Annual report on the Civil Veterinary Department, Burma (including the Insein Veterinary School) - 1932-1941
Year: 1932
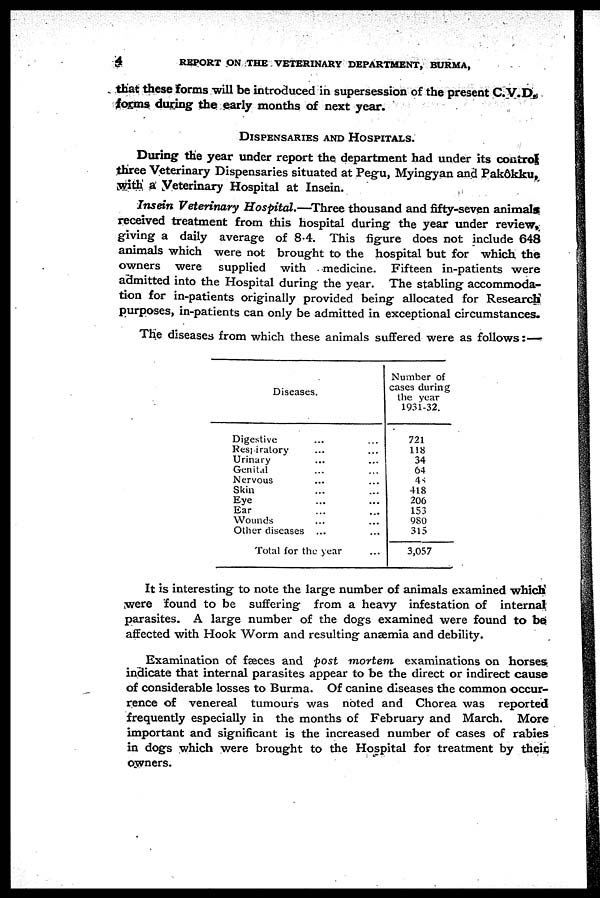
4
REPORT ON THE VETERINARY DEPARTMENT, BURMA,
that these forms will be introduced in supersession of the present C. V.D.
forms during the early months of next year.
DISPENSARIES AND HOSPITALS.
During the year under report the department had under its control
three Veterinary Dispensaries situated at Pegu, Myingyan and Pakôkku,
with a Veterinary Hospital at Insein.
Insein Veterinary Hospital.—Three thousand and fifty-seven animals
received treatment from this hospital during the year under review,
giving a daily average of 8.4. This figure does not include 648
animals which were not brought to the hospital but for which the
owners were supplied with medicine. Fifteen in-patients were
admitted into the Hospital during the year. The stabling accommoda-
tion for in-patients originally provided being allocated for Research
purposes, in-patients can only be admitted in exceptional circumstances.
The diseases from which these animals suffered were as follows: —
Diseases.
Digestive ... ...
Respiralory ... ...
Urinary ... ...
Genital ... ...
Nervous ... ...
Skin ... ...
Eye ... ...
Ear ... ...
Wounds ... ...
Other diseases ... ...
Total for the year ...
Number of
cases during
the year
1931-32.
721
118
34
64
45
418
206
153
980
315
3,057
It is interesting to note the large number of animals examined which
were found to be suffering from a heavy infestation of internal
parasites. A large number of the dogs examined were found to be
affected with Hook Worm and resulting anaemia and debility.
Examination of fæces and post mortem examinations on horses
indicate that internal parasites appear to be the direct or indirect cause
of considerable losses to Burma. Of canine diseases the common occur-
rence of venereal tumours was noted and Chorea was reported
frequently especially in the months of February and March. More
important and significant is the increased number of cases of rabies
in dogs which were brought to the Hospital for treatment by their
owners.